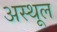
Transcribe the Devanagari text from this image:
अस्थूल